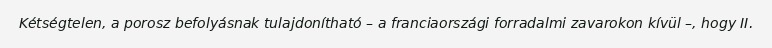
Kétségtelen, a porosz befolyásnak tulajdonítható – a franciaországi forradalmi zavarokon kívül –, hogy II.